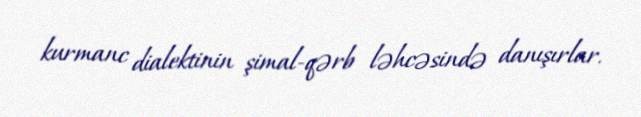
kurmanc dialektinin şimal-qərb ləhcəsində danışırlar.